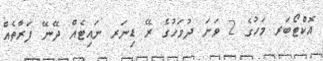
އޮކްޓޯބަރ މަހުގެ 2 ވަނަ ދުވަހުގެ ރޭ ޑިނަރ ނައިޓެއް ދޭނޭ ފަރާތެއް